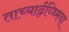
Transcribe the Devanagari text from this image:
ताच्यार्ढ़य्थ्मिया